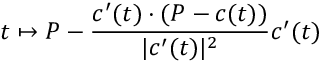
t \mapsto P - { \frac { c ^ { \prime } ( t ) \cdot ( P - c ( t ) ) } { | c ^ { \prime } ( t ) | ^ { 2 } } } c ^ { \prime } ( t )